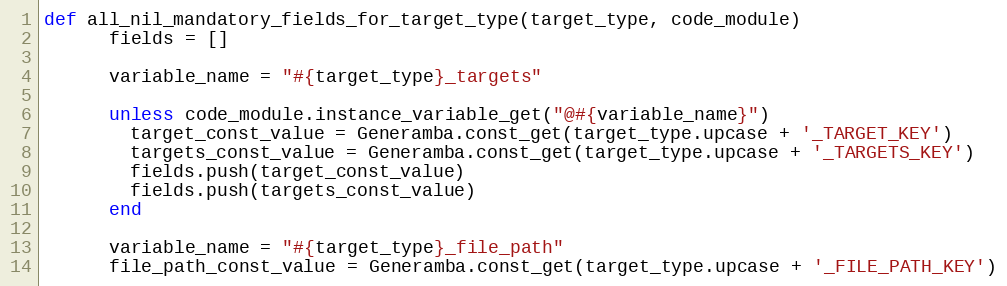
Language: Ruby
def all_nil_mandatory_fields_for_target_type(target_type, code_module)
      fields = []

      variable_name = "#{target_type}_targets"

      unless code_module.instance_variable_get("@#{variable_name}")
        target_const_value = Generamba.const_get(target_type.upcase + '_TARGET_KEY')
        targets_const_value = Generamba.const_get(target_type.upcase + '_TARGETS_KEY')
        fields.push(target_const_value)
        fields.push(targets_const_value)
      end

      variable_name = "#{target_type}_file_path"
      file_path_const_value = Generamba.const_get(target_type.upcase + '_FILE_PATH_KEY')